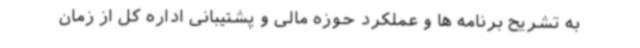
به تشریح برنامه ها و عملکرد حوزه مالی و پشتیبانی اداره کل از زمان